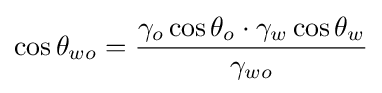
\cos \theta _{wo}={{\gamma _{o}\cos \theta _{o}}\cdot {\gamma _{w}\cos \theta _{w}} \over {\gamma _{wo}}}